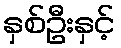
နှစ်ဦးနှင့်